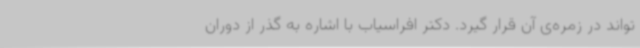
تواند در زمره‌ی آن قرار ‌گیرد. دکتر افراسیاب با اشاره به گذر از دوران